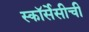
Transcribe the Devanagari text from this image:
स्कॉर्सेसीची